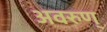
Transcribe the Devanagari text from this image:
अवरुण्